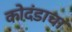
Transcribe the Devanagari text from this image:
कोदंडाचा